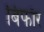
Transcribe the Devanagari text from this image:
बिफाॅर